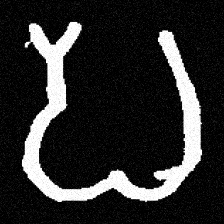
Pyu character \u2014 Myanmar letter: ပ (romanized: pa)